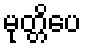
မုတ္တိပေ